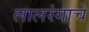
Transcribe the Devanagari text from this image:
लालरंगाचे